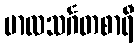
ဗာလသင်္ဂတစာရီ